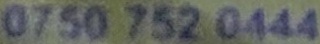
0750 752 0444